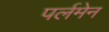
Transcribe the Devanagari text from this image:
पर्लमेन